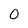
Character: 0